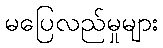
မပြေလည်မှုများ